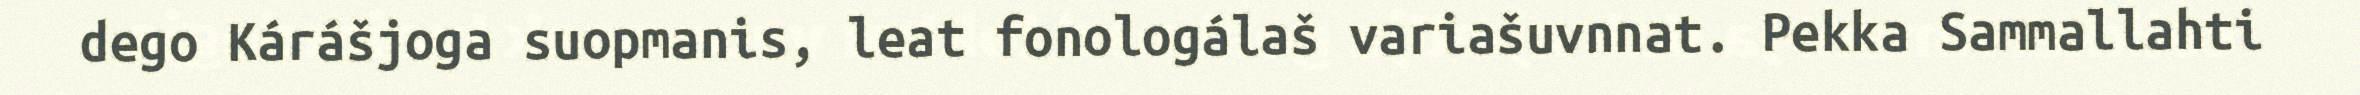
dego Kárášjoga suopmanis, leat fonologálaš variašuvnnat. Pekka Sammallahti